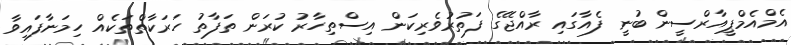
އެމްއެމްޕީއާރްސީން ބުނީ ފެއާގައި ރާއްޖޭގެ ފަތުރުވެރިކަން އިސްތިހާރު ކުރަން ތަފާތު ހަރަކާތްތަކެއް ހިމަނާފައިވާ